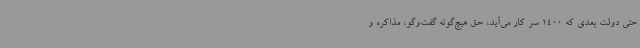
حتی دولت بعدی که 1400 سر کار می‌آید، حق هیچ‌گونه گفت‌وگو، مذاکره و